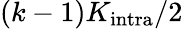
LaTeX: (k-1)K_{\mathrm{intra}}/2